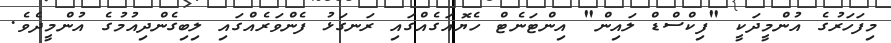
މިފަހަރުގެ އުންމީދަކީ "ފިކްސްޑް ލައިން" އިންޓަނެޓް ހެޔޮއަގެއްގައި ރަނގަޅު ފެންވަރެއްގައި ލިބިގެންދިއުމުގެ އުންމީދެވެ.